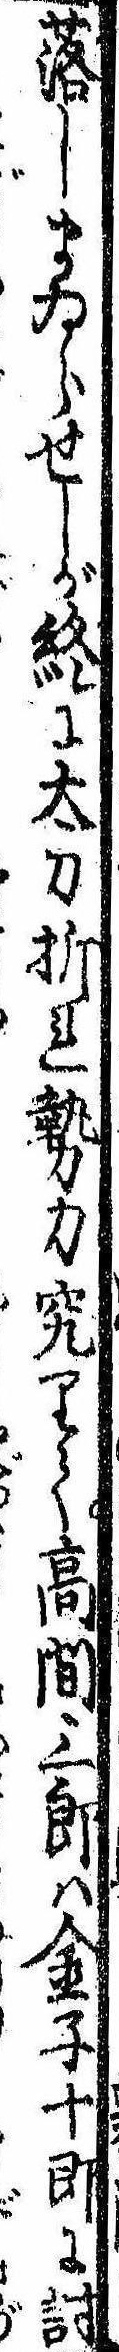
落しまゐらせしが終に太刀折れ勢力究りて高間三郎は金子十郎に討